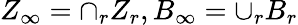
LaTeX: Z_{\infty}=\cap_{r}Z_{r},B_{\infty}=\cup_{r}B_{r}